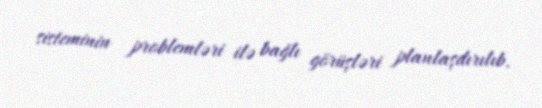
sisteminin problemləri ilə bağlı görüşləri planlaşdırılıb.